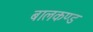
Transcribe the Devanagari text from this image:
बालकण्ड